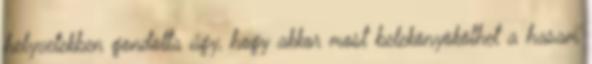
helyzetekben gondolta úgy, hogy akkor most belekönyökölhet a hasam